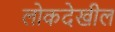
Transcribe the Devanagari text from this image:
लोकदेखील